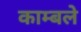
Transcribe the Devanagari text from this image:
काम्बले